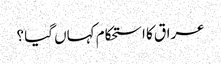
عراق کا استحکام کہاں گیا ؟